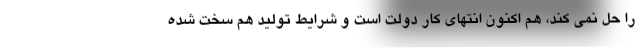
را حل نمی کند، هم اکنون انتهای کار دولت است و شرایط تولید هم سخت شده